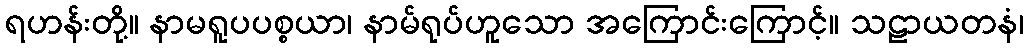
ရဟန်းတို့။ နာမရူပပစ္စယာ၊ နာမ်ရုပ်ဟူသော အကြောင်းကြောင့်။ သဠာယတနံ၊